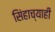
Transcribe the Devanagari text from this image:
सिंहाच्याही